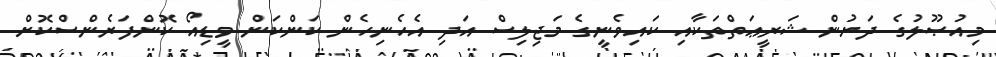
މިއުޞޫލުގެ ދަށުން ޝަރީޢަތްތަކާއި ކައިވެނީގެ މަޖިލިސް އަދި އެހެނިހެން ކަންކަން ވީޑިއޯ ކޮންފަރެންސްކޮށް